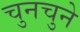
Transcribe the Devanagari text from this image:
चुनचुने